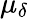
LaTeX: \mu_{\delta}